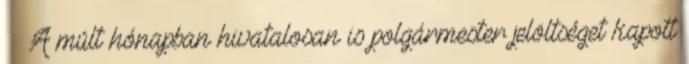
·· A múlt hónapban hivatalosan is polgármester jelöltséget kapott